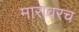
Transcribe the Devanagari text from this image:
मारावरच